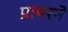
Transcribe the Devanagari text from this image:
प्राथरने